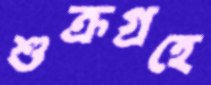
শুক্রগ্রহে